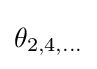
\theta _{2,4,...}